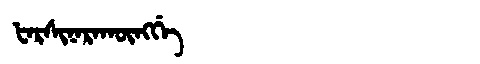
Manchu: ᡶᠠᡵᠰᡳᠨᠠᡵᠠᡴᡡᠩᡤᡝ
Romanization: FARSINARAKŪNGGE